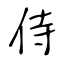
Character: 侍